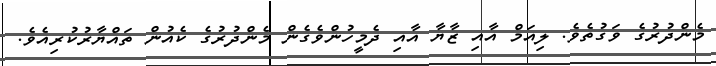
މެންދުރުގެ ވަގުތެވެ. ލިއަމް އާއި ޒާޔާ އާއި ދެމީހުންވެގެން މެންދުރުގެ ކެއުން ތައްޔާރުކުރިއެވެ.